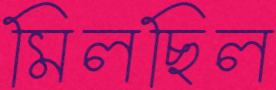
মিলছিল